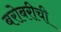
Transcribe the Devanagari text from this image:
बरोबरीची